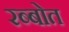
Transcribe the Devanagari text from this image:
रब्बोत